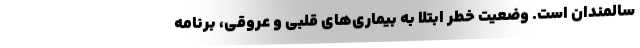
سالمندان است. وضعیت خطر ابتلا به بیماری‌های قلبی و عروقی، برنامه